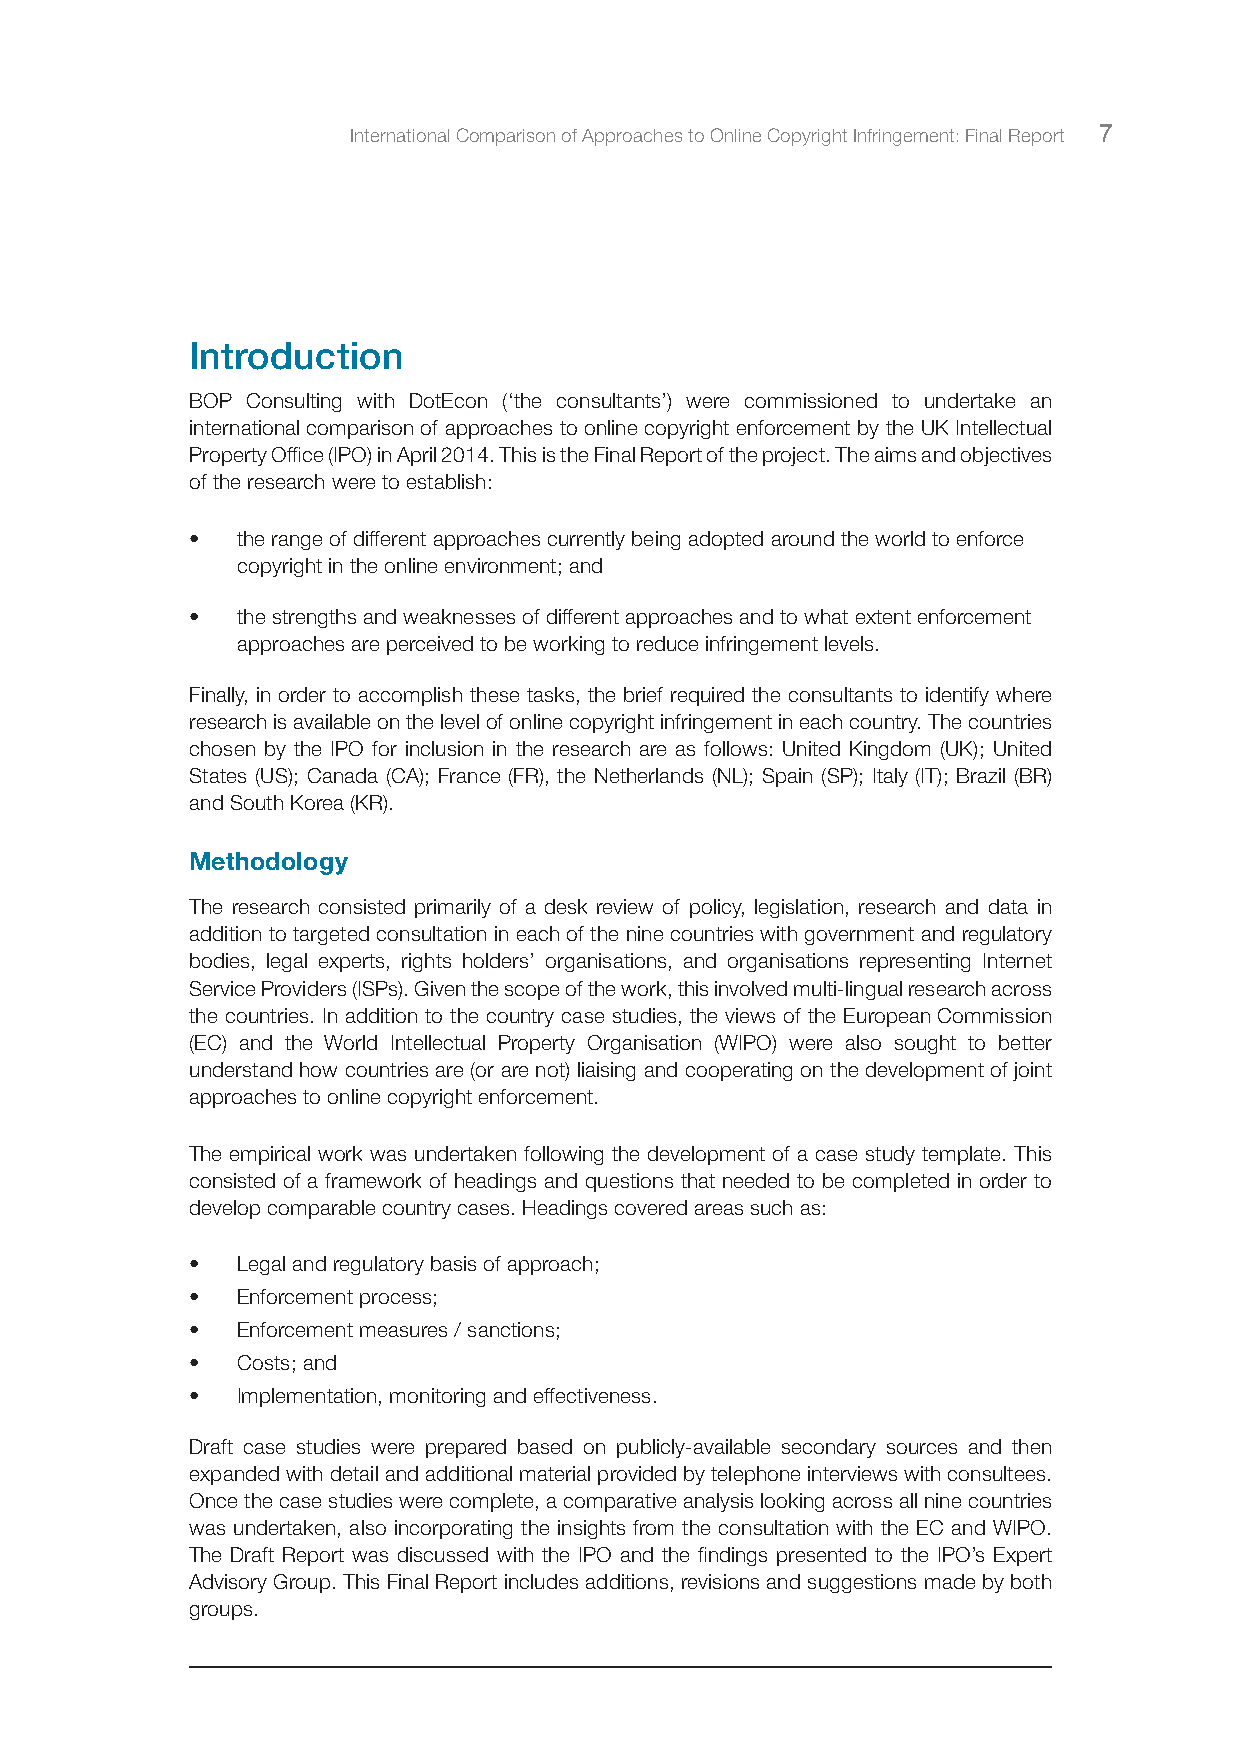
International Comparison of Approaches to Online Copyright Infringement: Final Report 7
 Introduction
 BOP Consulting with DotEcon (‘the consultants’) were commissioned to undertake an
 international comparison of approaches to online copyright enforcement by the UK Intellectual
 Property Office (IPO) in April 2014. This is the Final Report of the project. The aims and objectives
 of the research were to establish:
 •  the range of different approaches currently being adopted around the world to enforce
 copyright in the online environment; and
 •  the strengths and weaknesses of different approaches and to what extent enforcement
 approaches are perceived to be working to reduce infringement levels.
 Finally, in order to accomplish these tasks, the brief required the consultants to identify where
 research is available on the level of online copyright infringement in each country. The countries
 chosen by the IPO for inclusion in the research are as follows: United Kingdom (UK); United
 States (US); Canada (CA); France (FR), the Netherlands (NL); Spain (SP); Italy (IT); Brazil (BR)
 and South Korea (KR).
 Methodology
 The research consisted primarily of a desk review of policy, legislation, research and data in
 addition to targeted consultation in each of the nine countries with government and regulatory
 bodies, legal experts, rights holders’ organisations, and organisations representing Internet
 Service Providers (ISPs). Given the scope of the work, this involved multi-lingual research across
 the countries. In addition to the country case studies, the views of the European Commission
 (EC) and the World Intellectual Property Organisation (WIPO) were also sought to better
 understand how countries are (or are not) liaising and cooperating on the development of joint
 approaches to online copyright enforcement.
 The empirical work was undertaken following the development of a case study template. This
 consisted of a framework of headings and questions that needed to be completed in order to
 develop comparable country cases. Headings covered areas such as:
 •  Legal and regulatory basis of approach;
 •  Enforcement process;
 •  Enforcement measures / sanctions;
 •  Costs; and
 •  Implementation, monitoring and effectiveness.
 Draft case studies were prepared based on publicly-available secondary sources and then
 expanded with detail and additional material provided by telephone interviews with consultees.
 Once the case studies were complete, a comparative analysis looking across all nine countries
 was undertaken, also incorporating the insights from the consultation with the EC and WIPO.
 The Draft Report was discussed with the IPO and the findings presented to the IPO’s Expert
 Advisory Group. This Final Report includes additions, revisions and suggestions made by both
 groups.